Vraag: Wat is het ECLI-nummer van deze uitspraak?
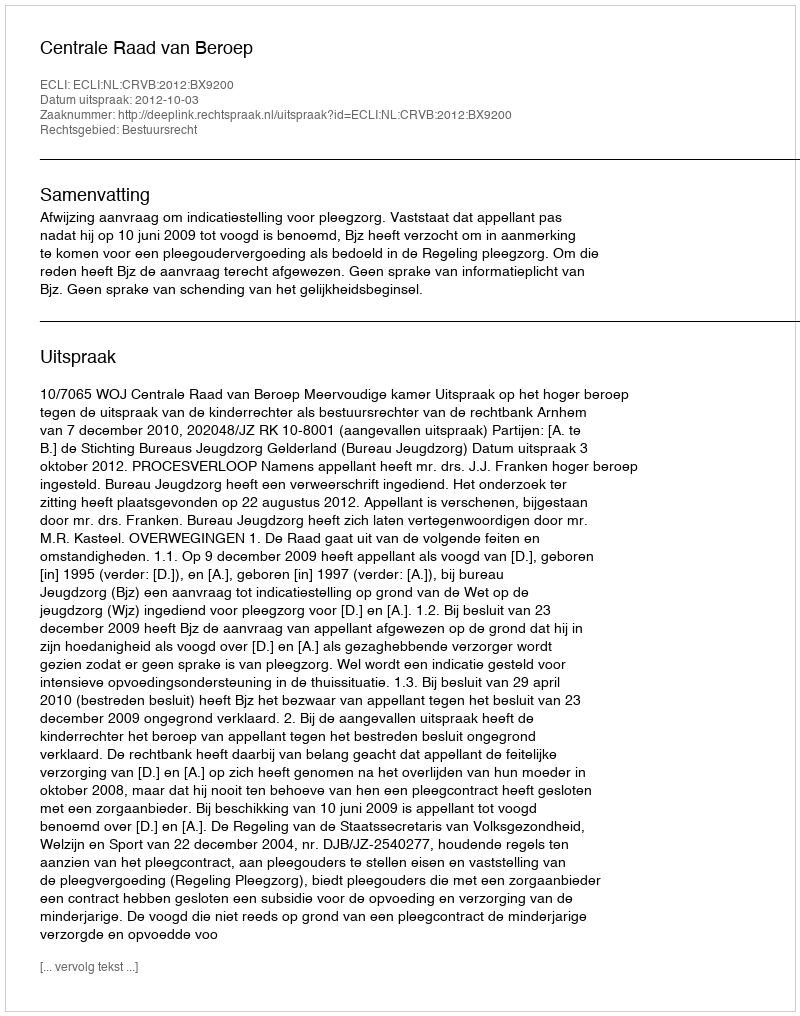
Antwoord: ECLI:NL:CRVB:2012:BX9200